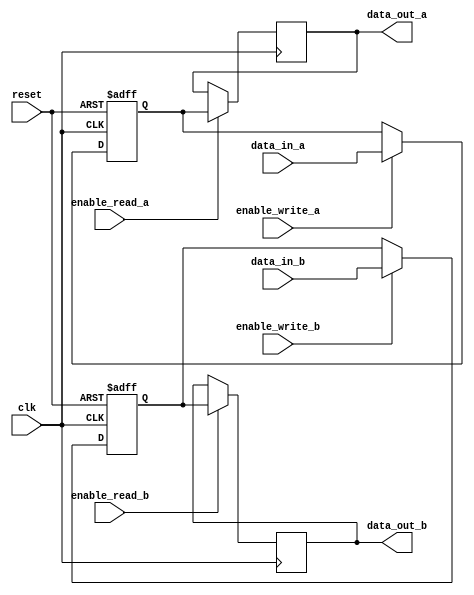
module dual_port_register (
    input wire clk,
    input wire reset,
    input wire [7:0] data_in_a,
    input wire [7:0] data_in_b,
    input wire enable_write_a,
    input wire enable_write_b,
    input wire enable_read_a,
    input wire enable_read_b,
    output reg [7:0] data_out_a,
    output reg [7:0] data_out_b
);

reg [7:0] reg_a;
reg [7:0] reg_b;

always @(posedge clk or posedge reset) begin
    if(reset) begin
        reg_a <= 8'bz;
        reg_b <= 8'bz;
    end else begin
        if(enable_write_a) begin
           reg_a <= data_in_a;
        end
        
        if(enable_write_b) begin
           reg_b <= data_in_b;
        end
    end
end

always @(posedge clk) begin
    if(enable_read_a) begin
        data_out_a <= reg_a;
    end
    
    if(enable_read_b) begin
        data_out_b <= reg_b;
    end
end

endmodule